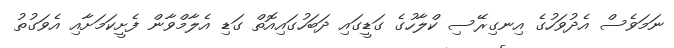
ނަމަވެސް އެދުވަހުގެ އިނގިރޭސި ކްލާހުގެ ގަޑީގައި ދަބަހުގައިއޮތް ގަޑި އެލާމްވާން ފެށީކަމަށާއި އެވަގުތު